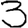
Digit: 3